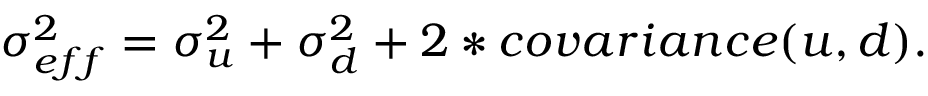
\begin{array} { r } { { \sigma _ { e f f } ^ { 2 } = \sigma _ { u } ^ { 2 } + \sigma _ { d } ^ { 2 } + 2 * c o v a r i a n c e ( u , d ) . } } \end{array}